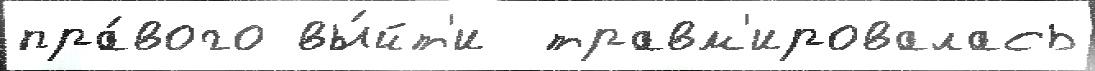
пра́вого вы́йт'и  травм'ировалась